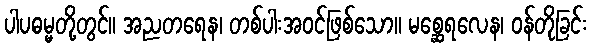
ပါပဓမ္မတို့တွင်။ အညတရေန၊ တစ်ပါးအဝင်ဖြစ်သော။ မစ္ဆေရလေန၊ ဝန်တိုခြင်း